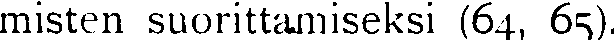
misten suorittamiseksi (64, 65).